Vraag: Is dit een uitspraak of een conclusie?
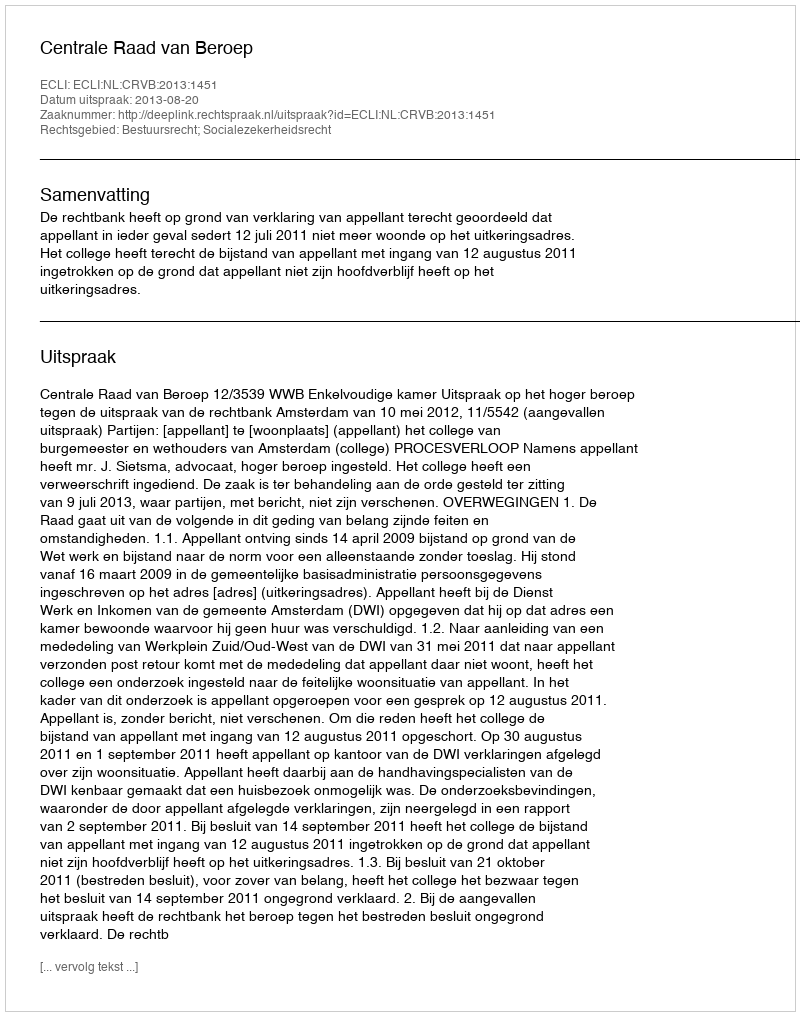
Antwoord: Uitspraak